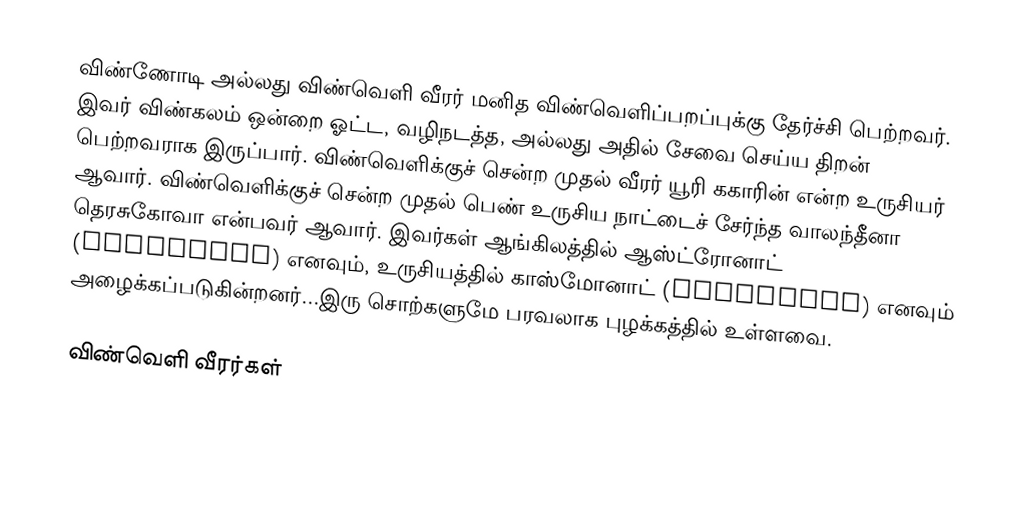
விண்ணோடி அல்லது விண்வெளி வீரர் மனித விண்வெளிப்பறப்புக்கு தேர்ச்சி பெற்றவர். இவர் விண்கலம் ஒன்றை ஓட்ட, வழிநடத்த, அல்லது அதில் சேவை செய்ய திறன் பெற்றவராக இருப்பார். விண்வெளிக்குச் சென்ற முதல் வீரர் யூரி ககாரின் என்ற உருசியர் ஆவார். விண்வெளிக்குச் சென்ற முதல் பெண் உருசிய நாட்டைச் சேர்ந்த வாலந்தீனா தெரசுகோவா என்பவர் ஆவார். இவர்கள் ஆங்கிலத்தில் ஆஸ்ட்ரோனாட் (astronaut) எனவும், உருசியத்தில் காஸ்மோனாட் (cosmonaut) எனவும் அழைக்கப்படுகின்றனர்...இரு சொற்களுமே பரவலாக புழக்கத்தில் உள்ளவை.

விண்வெளி வீரர்கள்